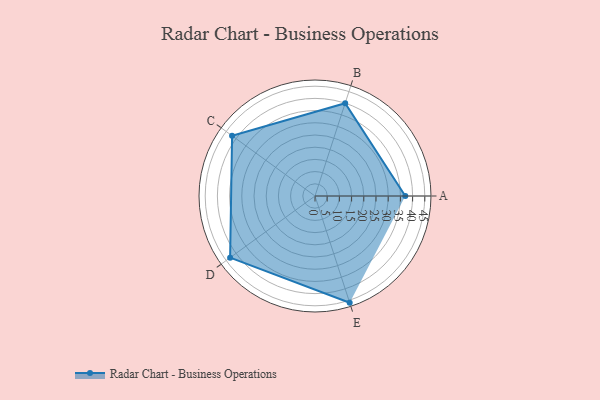
{"axis": {"x": "Skill", "y": "Score"}, "legend": ["Profile"], "data": [{"x": "A", "y": 37.0, "type": "Profile"}, {"x": "B", "y": 40.0, "type": "Profile"}, {"x": "C", "y": 42.0, "type": "Profile"}, {"x": "D", "y": 43.0, "type": "Profile"}, {"x": "E", "y": 46.0, "type": "Profile"}]}